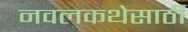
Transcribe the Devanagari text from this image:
नवलकथेसाठी